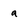
Character: a